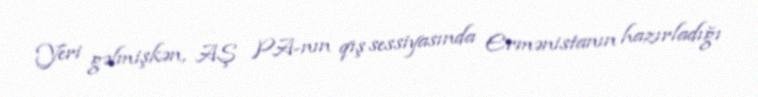
Yeri gəlmişkən, AŞ PA-nın qış sessiyasında Ermənistanın hazırladığı